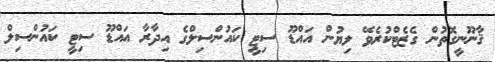
ޤާނޫނީގޮތުން ގެޒެޓްކުރެވޭ ލިޔުން އައްޑޫ ސިޓީ ކައުންސިލްގެ އިދާރާ އައްޑޫ ސިޓީ ކައުންސިލް